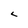
Character: c